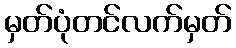
မှတ်ပုံတင်လက်မှတ်